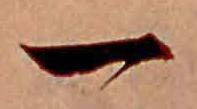
一